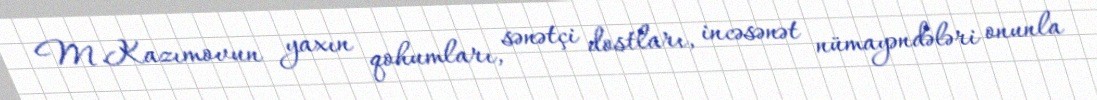
M.Kazımovun yaxın qohumları, sənətçi dostları, incəsənət nümayəndələri onunla